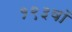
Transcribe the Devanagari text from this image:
१९३वॉ